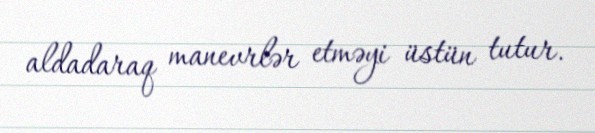
aldadaraq manevrlər etməyi üstün tutur.